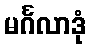
မင်္ဂလာဒုံ